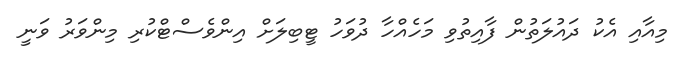
މިއާއި އެކު ދައުލަތުން ފާއިތުވި މަހެއްހާ ދުވަހު ޓީބިލަށް އިންވެސްޓްކުރި މިންވަރު ވަނީ